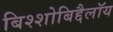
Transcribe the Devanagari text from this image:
बिश्शोबिद्दैलॉय